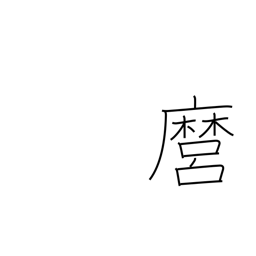
Meaning: you